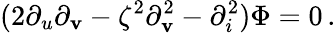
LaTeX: (2\partial_{u}\partial_{\mathbf{v}}-\zeta^{2}\partial_{\mathbf{v}}^{2}-\partial_{i}^{2})\Phi=0\, .